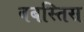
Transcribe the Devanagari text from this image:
बबस्तिस